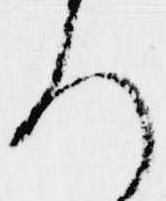
ろ